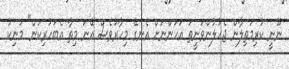
ނޫނީ ކުރިމަތިލާން ޖެހުލުންވަނީތަ އަހަންނަށް އެނގޭ މިހާރުވެސް އޭނަ މިތާ އެބަހުރިކަން" މަނިކު